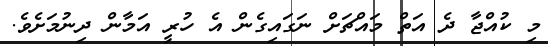
މި ކުއްޖާ ދެ އަތް މައްޗަށް ނަގައިގެން އެ ހުރީ އަމާން ދިނުމަށެވެ.